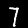
Label: 7